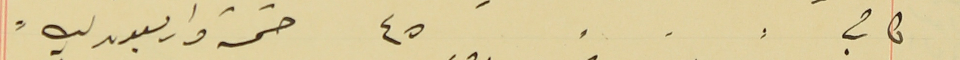
كاتب ⸗ ⸗ ⸗ ٤٥ خمسة واربعون ليره ⸗